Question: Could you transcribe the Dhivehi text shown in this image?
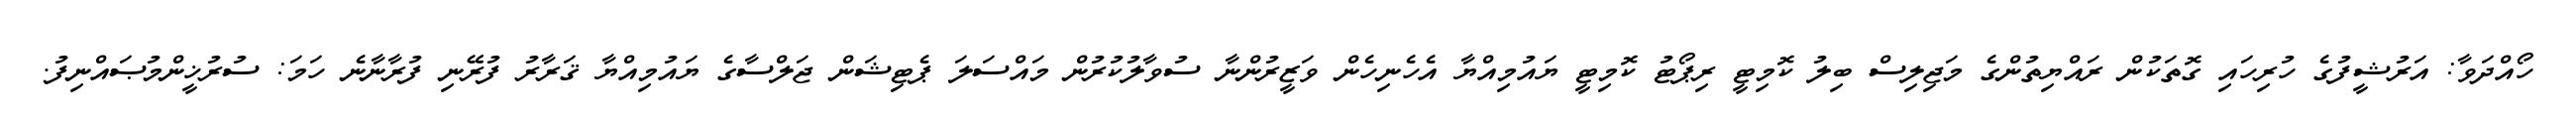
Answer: ހޯއްދަވާ: އަރުޝީފުގެ ހުރިހައި ގޮތަކުން ރައްޔިތުންގެ މަޖިލިސް ބިލު ކޮމިޓީ ރިޕޯޓު ކޮމިޓީ ޔައުމިއްޔާ އެހެނިހެން ވަޒީރުންނާ ސުވާލުކުރުން މައްސަލަ ޕެޓިޝަން ޖަލްސާގެ ޔައުމިއްޔާ ޤަރާރު ފުރޭނި ފުރާނާނެ ހަމަ: ސުރުޚީންމުޞައްނިފު.